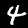
Digit: 4